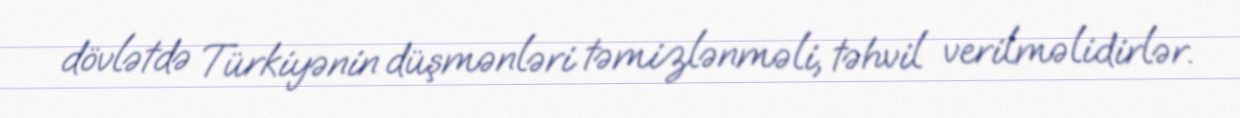
dövlətdə Türkiyənin düşmənləri təmizlənməli, təhvil verilməlidirlər.